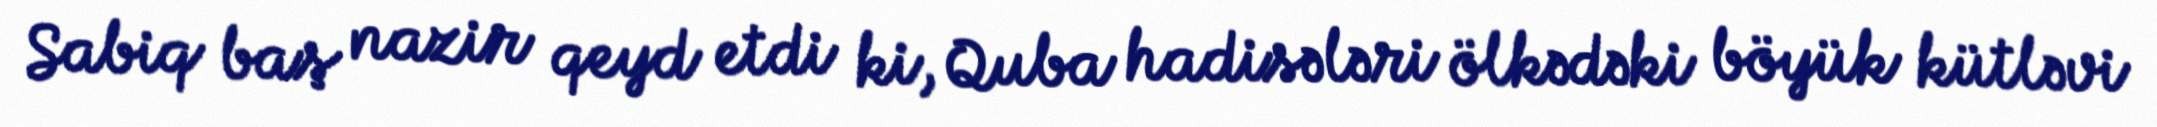
Sabiq baş nazir qeyd etdi ki, Quba hadisələri ölkədəki böyük kütləvi